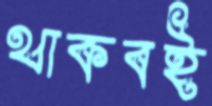
থাকবই